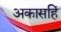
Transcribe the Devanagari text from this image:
अकासहिं